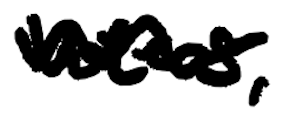
Text: voters,
Cross-out: wave
Writing tool: digital_black